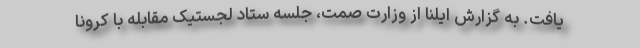
یافت. به گزارش ایلنا از وزارت صمت، جلسه ستاد لجستیک مقابله با کرونا